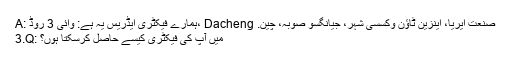
A: ہمارے فیکٹری ایڈریس یہ ہے: وائی 3 روڈ، Dacheng صنعت ایریا، اینزین ٹاؤن وکسسی شہر، جیانگسو صوبہ، چین.
3.Q: میں آپ کی فیکٹری کیسے حاصل کرسکتا ہوں؟